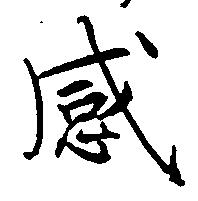
感